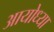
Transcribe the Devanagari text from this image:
अायोध्या